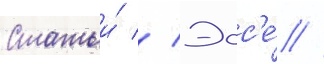
Статьи́ // Эсс'е́ //